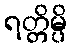
ရတ္တိမ္ပိ